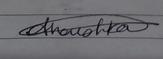
Signature authenticity: genuine